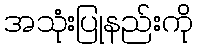
အသုံးပြုနည်းကို